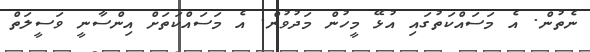
ނެތުން. އެ މަަސައްކަތުގައި އުޅޭ މީހުން މަދުވުން. އެ މަސައްކަތަށް އިންސާނީ ވަސީލަތް